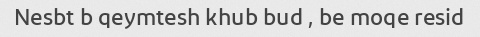
Nesbt b qeymtesh khub bud , be moqe resid